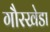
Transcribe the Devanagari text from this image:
गौरखेडा